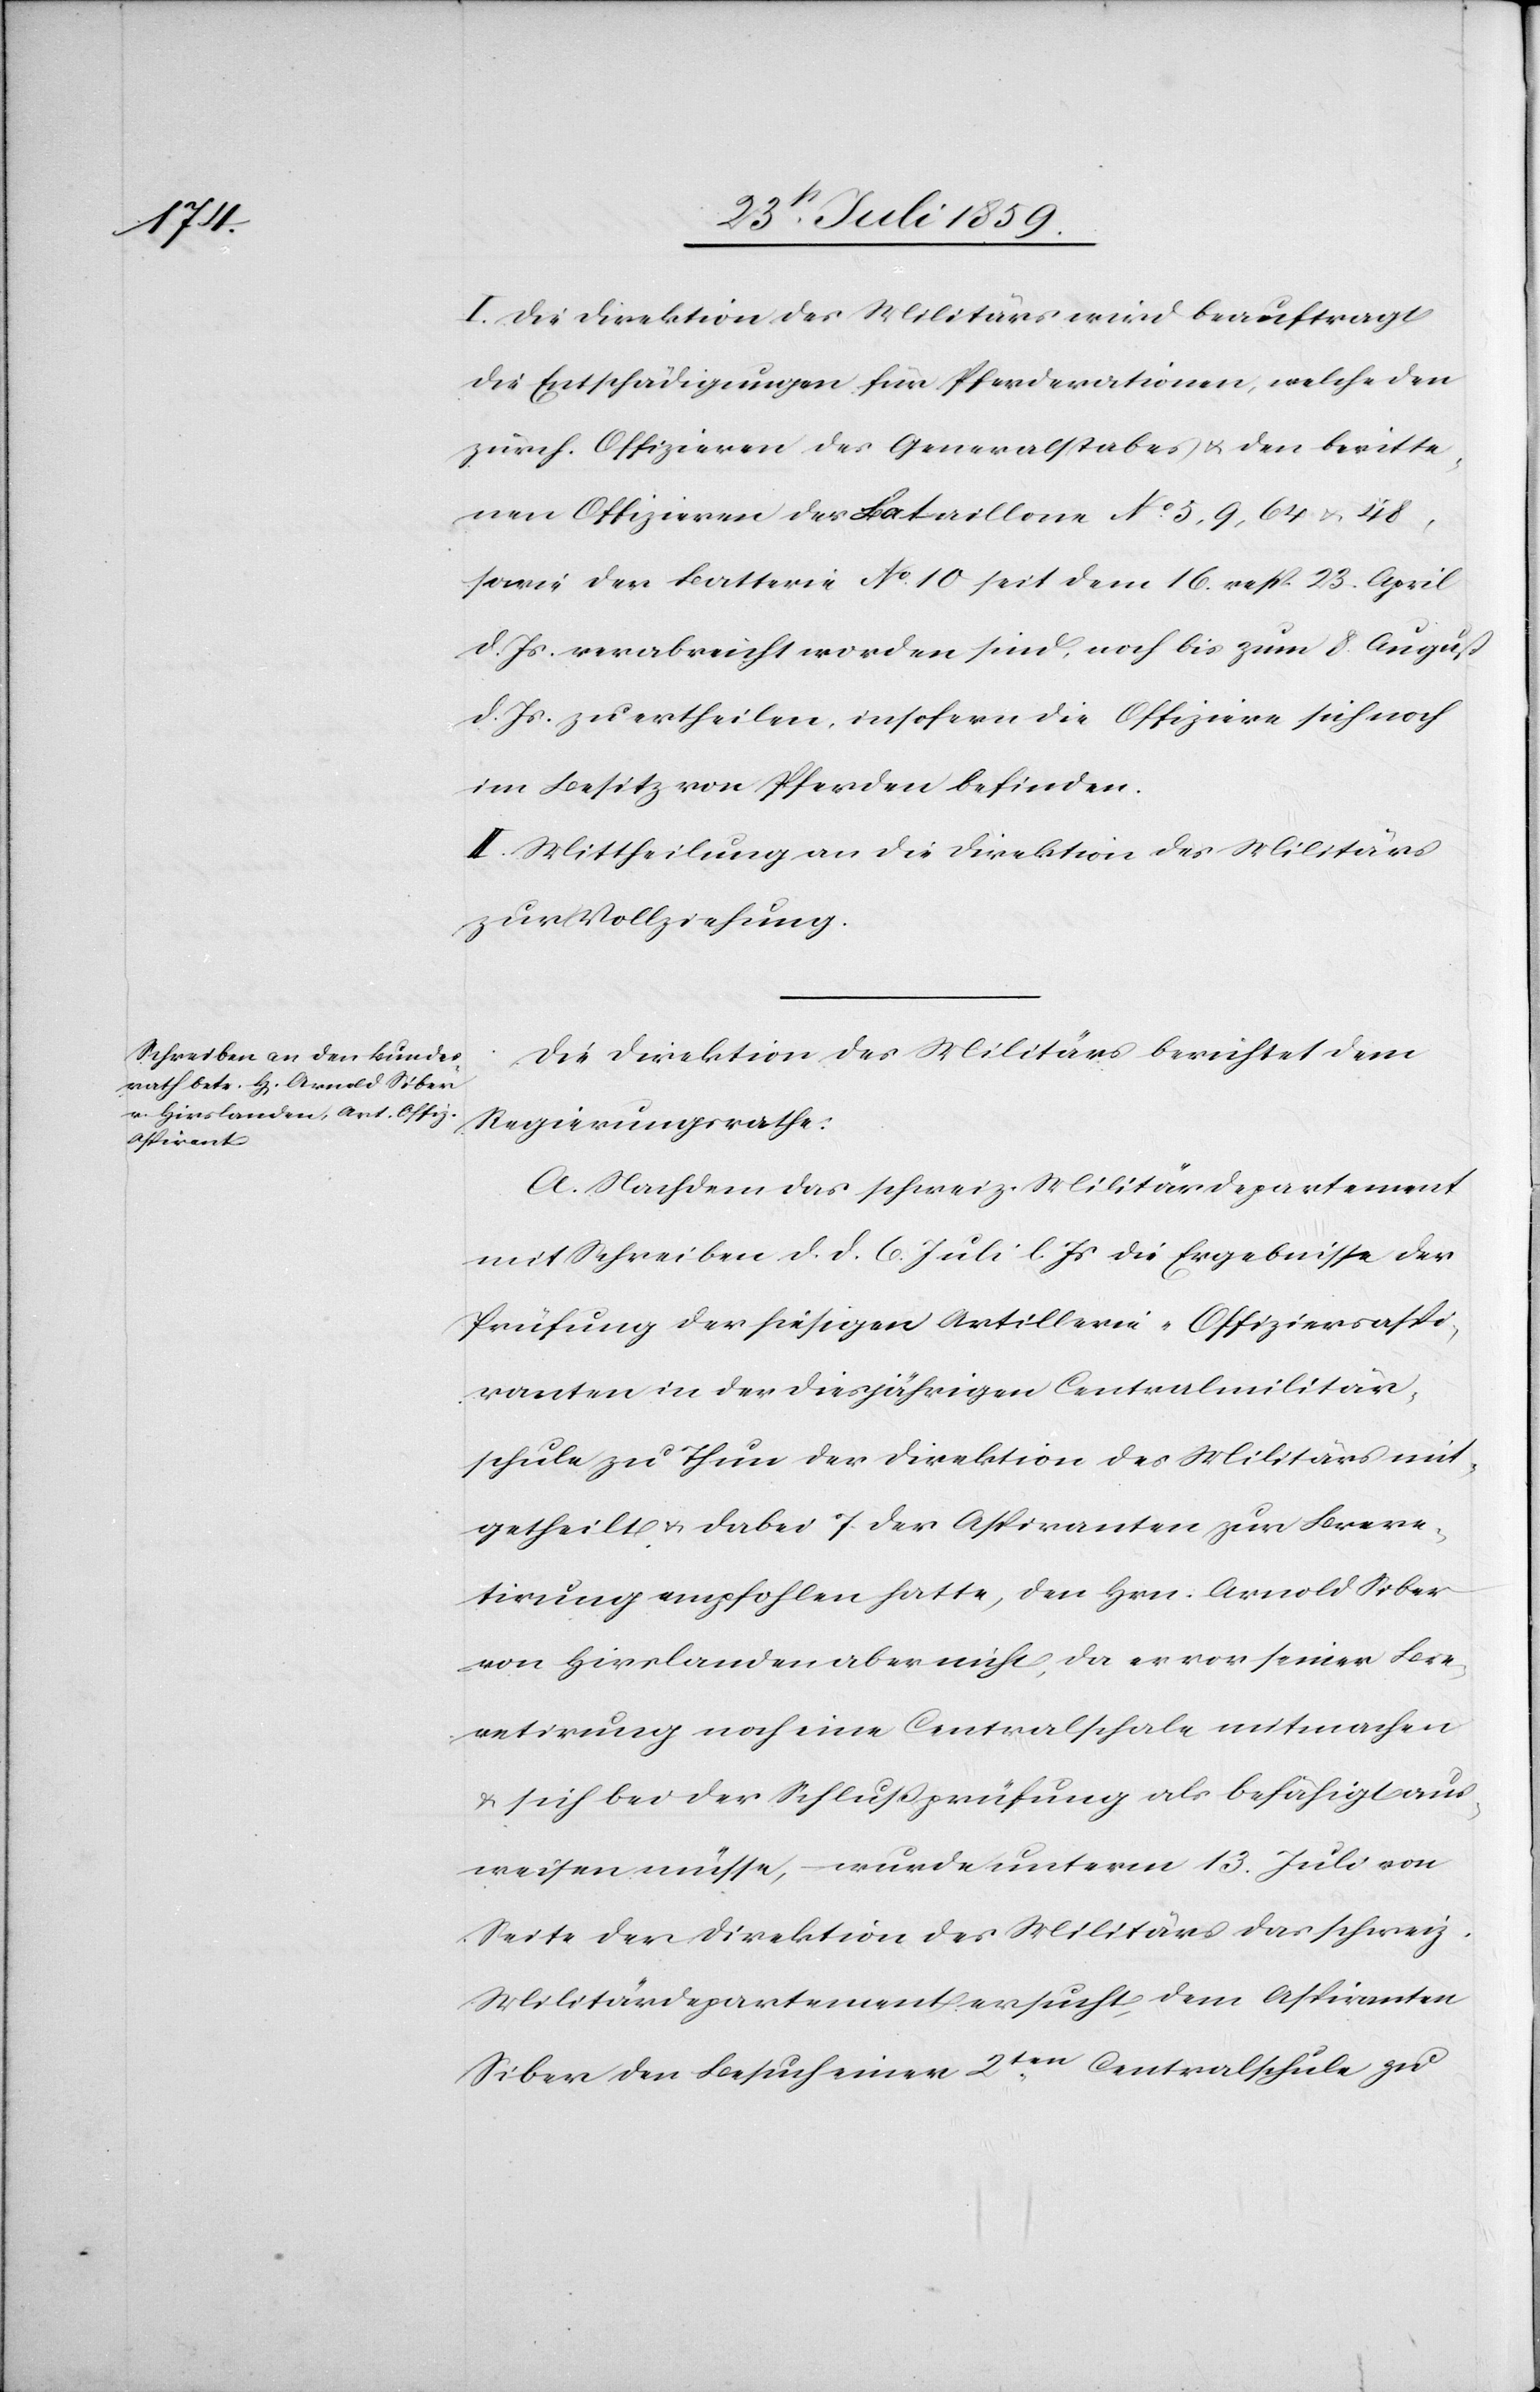
I. Die Direktion des Militärs wird beauftragt
die Entschädigungen für Pferderationen, welche den
zürch. Offizieren des Generalstabes u. den beritte¬
nen Offizieren der Bataillone No. 5, 9, 64 u. 48,
sowie der Batterie No. 10 seit dem 16. resp. 23. April
d. Js. verabreicht worden sind, noch bis zum 8. August
d. Js. zu ertheilen, insofern die Offiziere sich noch
im Besitz von Pferden befinden.
II. Mittheilung an die Direktion des Militärs
zur Vollziehung.
Die Direktion des Militärs berichtet dem
Regierungsrathe:
A. Nachdem das schweiz. Militärdepartement
mit Schreiben d. d. 6. Juli l. Js die Ergebnisse der
Prüfung der hiesigen Artillerie-Offiziersaspi¬
ranten in der diesjährigen Centralmilitär¬
schule zu Thun der Direktion des Militärs mit¬
getheilt u. dabei 7. der Aspiranten zur Breve¬
tirung empfohlen hatte, den Hrn. Arnold Siber
von Hirslanden aber nicht, da er vor seiner Bre¬
vetirung noch eine Centralschale [recte:
u. sich bei der Schlußprüfung als befähigt aus¬
weisen müsse, wurde unterm 13. Juli von
Seite der Direktion des Militärs das schweiz.
Militärdepartement ersucht, dem Aspiranten
Siber den Besuch einer 2ten. Centralschule zu